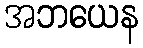
အဘယေန